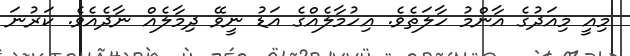
މިއީ މިއަދުގެ އާންމު ހާލަތެވެ. އިހުމާލެއްގެ އަޑު ނީވޭ ދިމާލެއް ނާދެއެވެ. ކަރުނަ